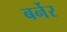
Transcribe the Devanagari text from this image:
बर्नेर